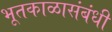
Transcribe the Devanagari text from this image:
भूतकाळासंबंधी